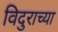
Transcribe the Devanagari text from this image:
विदुराच्या